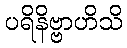
ပရိနိဗ္ဗာဟိသိ